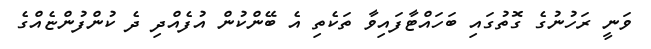
ވަނީ ރަހުނުގެ ގޮތުގައި ބަހައްޓާފައިވާ ތަކެތި އެ ބޭންކުން އުފެއްދި ދެ ކުންފުންޏެއްގެ